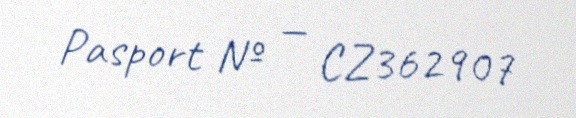
Pasport № — CZ362907